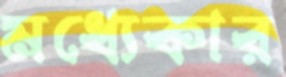
মধ্যেকার